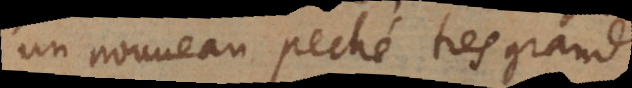
un nouveau peché tres grand